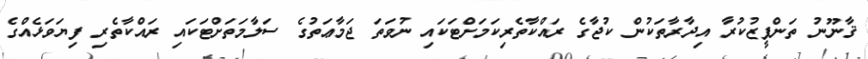
ޤާނޫނު ތަންފީޒުކުރާ އިދާރާތަކުން ކުޖާގެ ރައްކާތެރިކަމަށްޓަކައި ނުވަތަ ޖަމާޢަތުގެ ސަލާމަތަށްޓަކައި ރައްކާތެރި ފިޔަވަޅެއްގެ